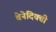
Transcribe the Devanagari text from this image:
वेनेदिक्ती